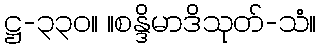
ဋ္ဌ-၃၃၀။ ။စန္ဒိမာဒိသုတ်-သံ။